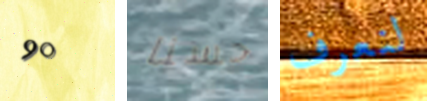
90 حسنا لنعرف